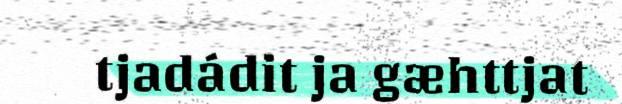
tjadádit ja gæhttjat